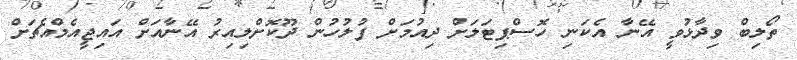
ތޯލިބް ވިދާޅުވީ އޭނާ އެކަނި ހޮސްޕިޓަލަށް ދިއުމަށް ފުލުހުން ދޫކޮށްލިއިރު އޭނާއަށް އައިޖީއެމްއެޗަށް